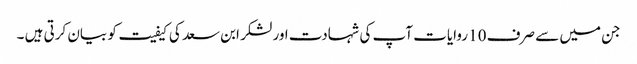
جن میں سے صرف 10 روایات آپ کی شہادت اور لشکر ابن سعد کی کیفیت کو بیان کرتی ہیں ۔